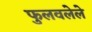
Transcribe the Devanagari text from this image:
फुलवलेले